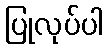
ပြုလုပ်ပါ